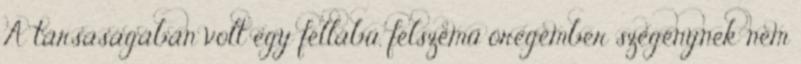
A társaságában volt egy féllábú, félszemű öregember szegénynek nem